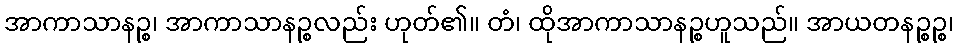
အာကာသာနဉ္စ၊ အာကာသာနဉ္စလည်း ဟုတ်၏။ တံ၊ ထိုအာကာသာနဉ္စဟူသည်။ အာယတနဉ္စဉ္စ၊